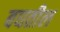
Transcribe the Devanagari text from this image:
बघतील